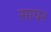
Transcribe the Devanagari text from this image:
साघर